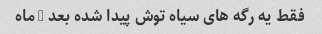
فقط یه رگه های سیاه توش پیدا شده بعد 3 ماه